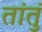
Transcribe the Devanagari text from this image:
तांतुं